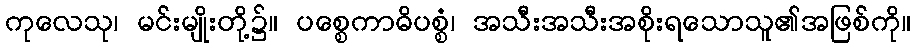
ကုလေသု၊ မင်းမျိုးတို့၌။ ပစ္စေကာဓိပစ္စံ၊ အသီးအသီးအစိုးရသောသူ၏အဖြစ်ကို။